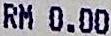
RM 0.00